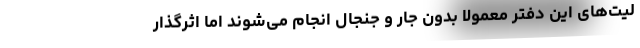
لیت‌های این دفتر معمولا بدون جار و جنجال انجام می‌شوند اما اثرگذار